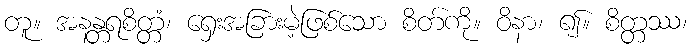
တူ။ အနန္တရစိတ္တံ၊ ရှေးအခြားမဲ့ဖြစ်သော စိတ်ကို။ ဝိနာ၊ ၍။ စိတ္တဿ၊